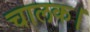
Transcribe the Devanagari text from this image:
चालक।